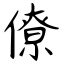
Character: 僚